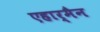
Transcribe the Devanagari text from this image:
एहार्मैन